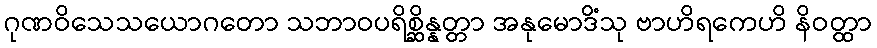
ဂုဏဝိသေသယောဂတော သဘာဝပရိစ္ဆိန္နတ္တာ အနုမောဒိံသု ဗာဟိရကေဟိ နိဝတ္ထာ